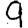
Digit: 9